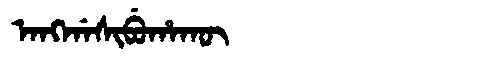
Manchu: ᠠᠩᡤᠠᠰᡳᠪᡠᡥᠠᡴᡡ
Romanization: ANGGASIBUHAKŪ